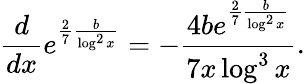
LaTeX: \frac{d}{dx}e^{\frac{2}{7}\frac{b}{\log^{2}x}}=-\frac{4be^{\frac{2}{7}\frac{b}{\log^{2}x}}}{7x\log^{3}x}.